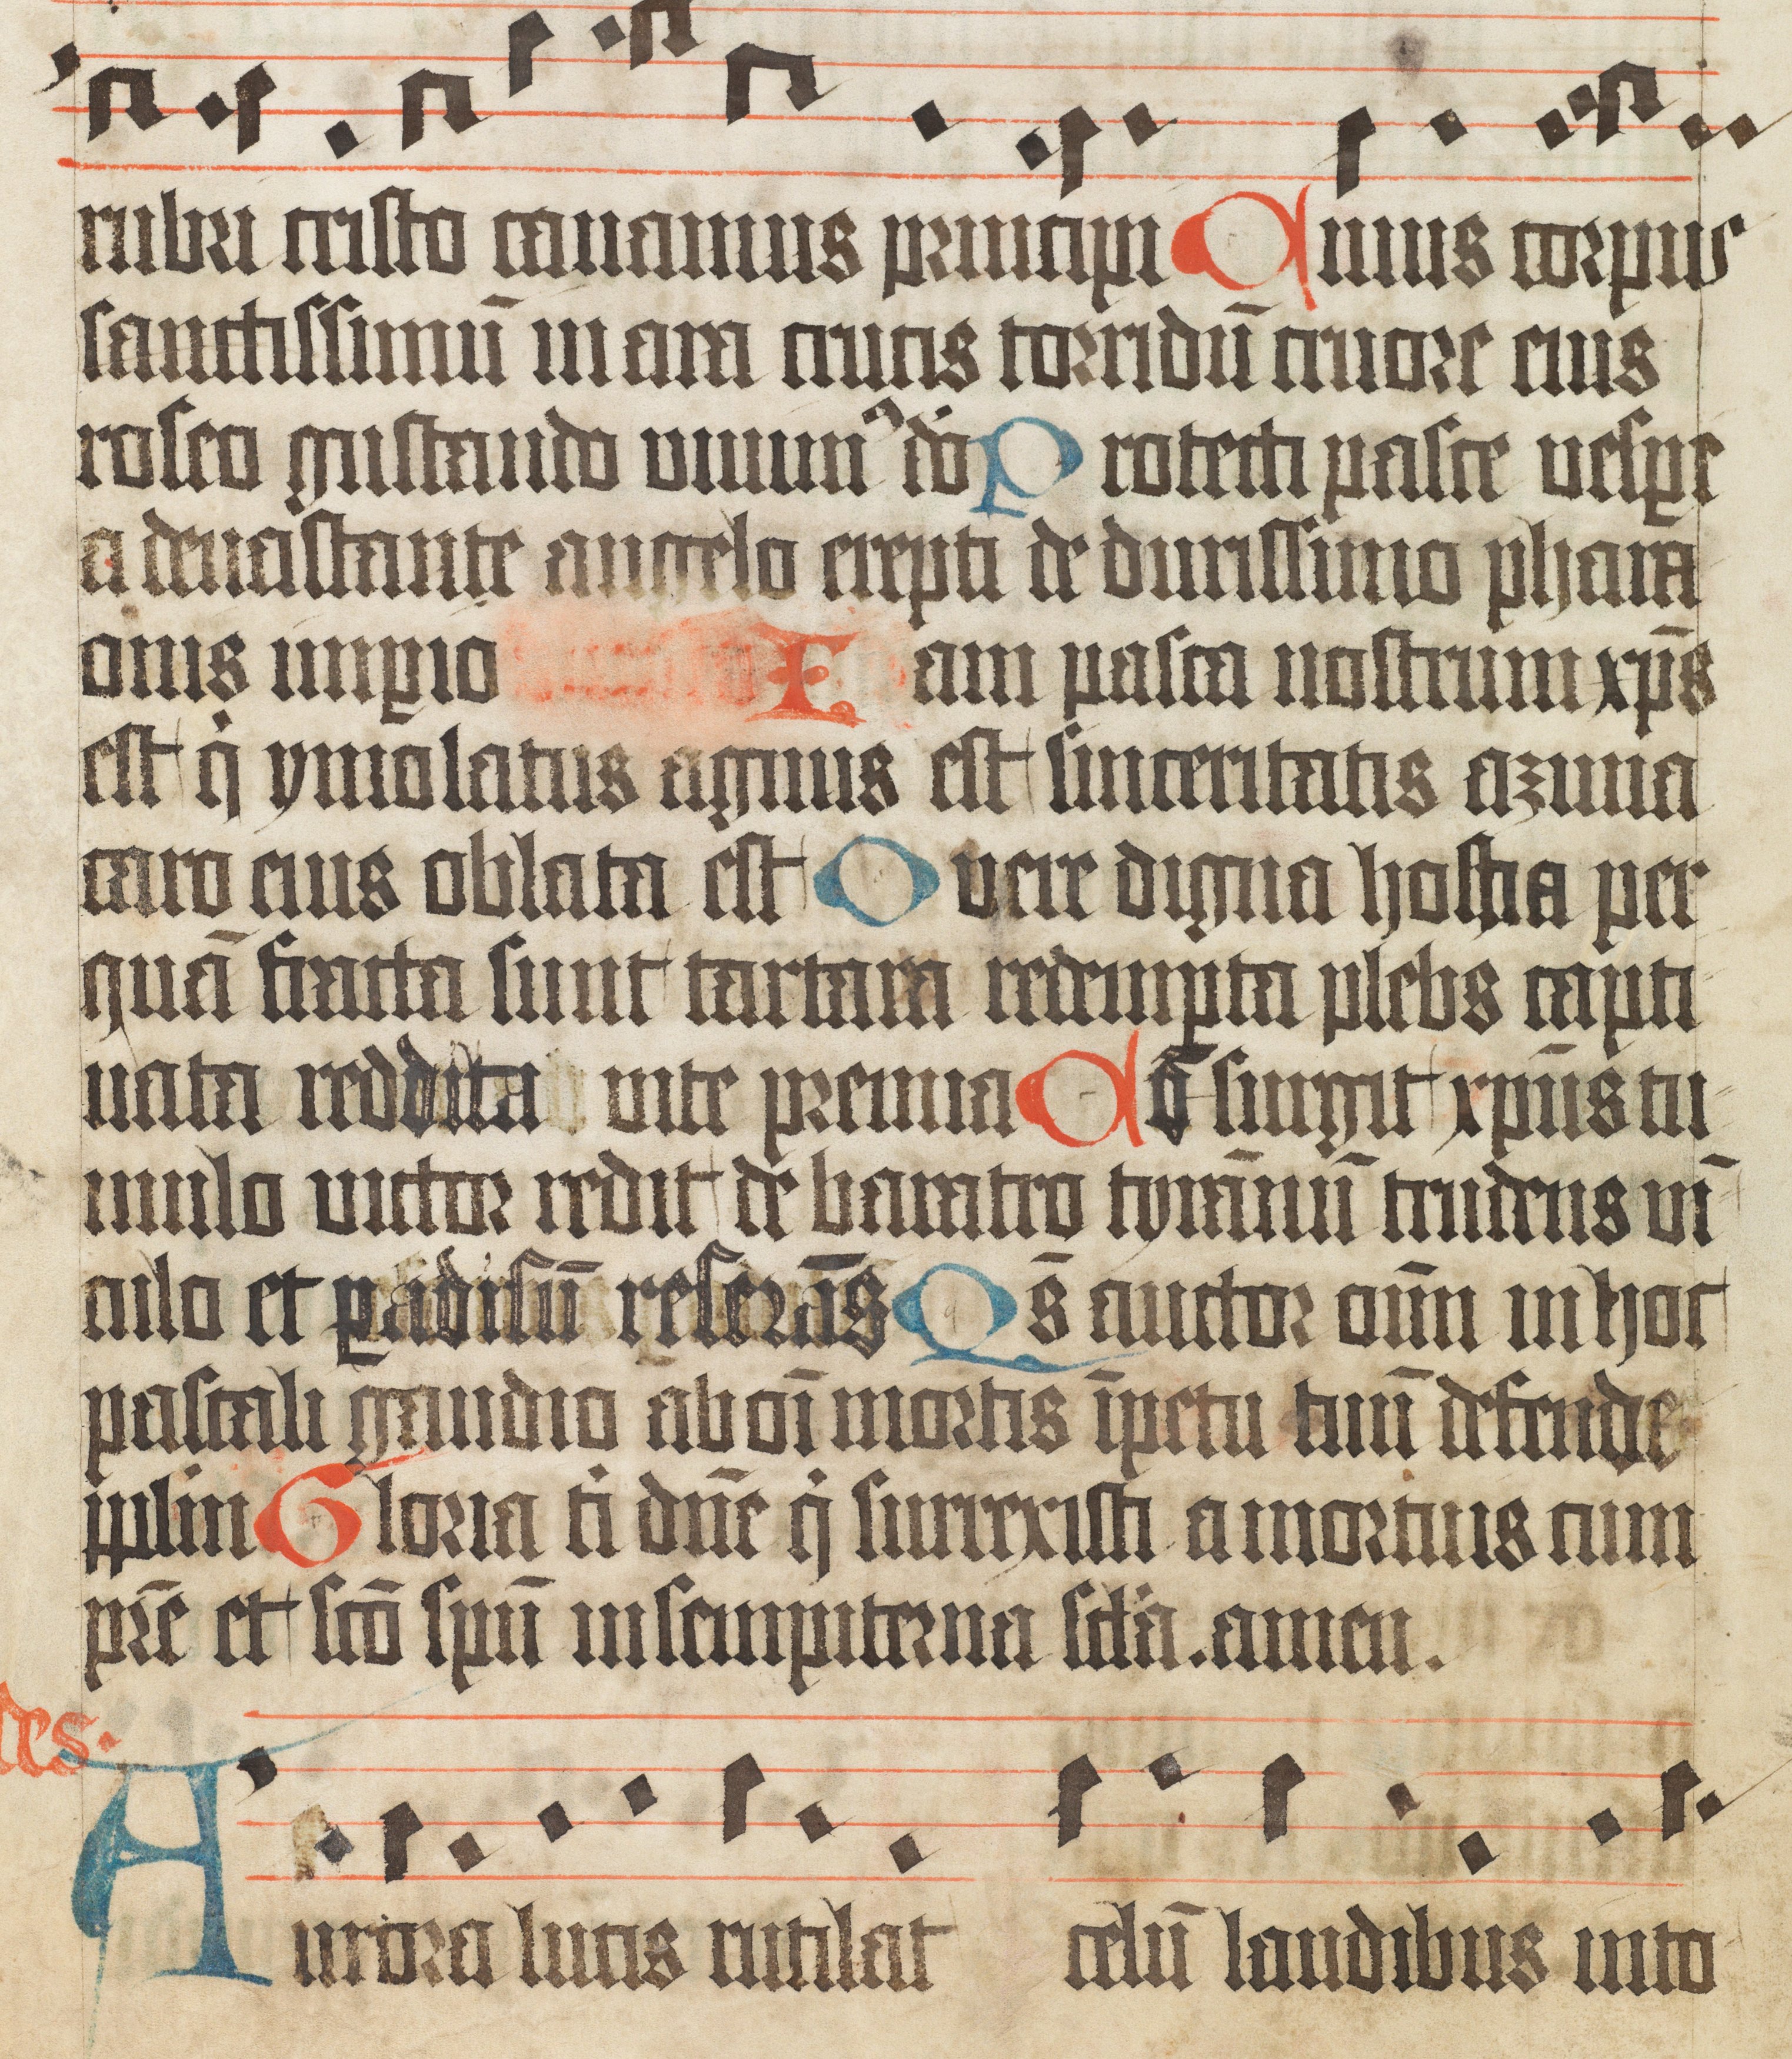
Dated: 1400–1499